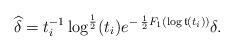
LaTeX: \begin{align*} \widehat{\delta} = t_i^{-1} \log^{\frac{1}{2}}(t_i) e^{- \: \frac12 F_1(\log {\frak t}(t_i))} \delta. \end{align*}